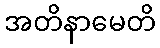
အတိနာမေတိ